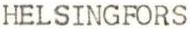
HELSINGFORS